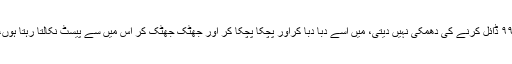
میری ٹوتھ پیسٹ کی ٹیوب جب تک مجھے ۹۹۹ ڈائل کرنے کی دھمکی نہیں دیتی، میں اسے دبا دبا کراور پچکا پچکا کر اور جھٹک جھٹک کر اس میں سے پیسٹ نکالتا رہتا ہوں،اور ۸۰ گرام کی ٹیوب میں سے میں تقریبا 7۔